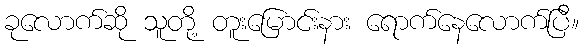
ခုလောက်ဆို သူတို့ တူးမြောင်းနား ရောက်နေလောက်ပြီ။